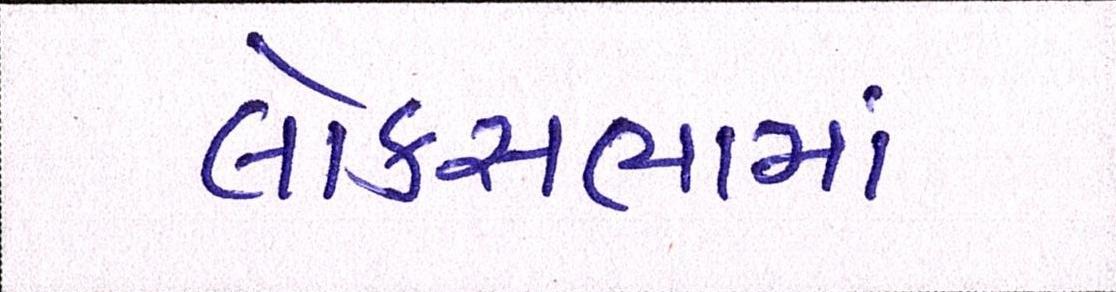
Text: લોકસભામાં